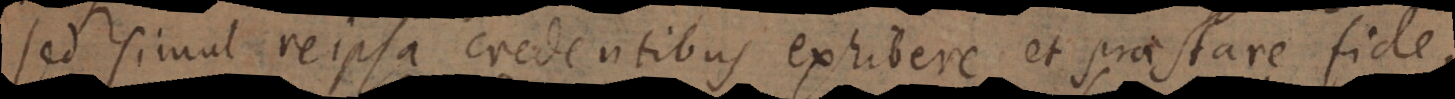
sed simul reipsa credentibus exhibere et praestare fide,